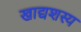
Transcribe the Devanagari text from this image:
खाद्यशस्य